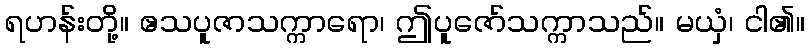
ရဟန်းတို့။ ဧသပူဇာသက္ကာရော၊ ဤပူဇော်သက္ကာသည်။ မယှံ၊ ငါ၏။